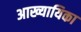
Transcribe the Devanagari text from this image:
अाख्यायिका